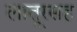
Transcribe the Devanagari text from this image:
लातूरसह